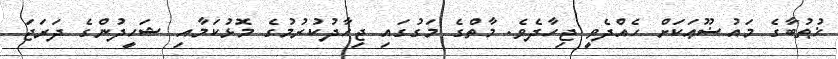
ޚުޠުބާގެ މައުޟޫޢަކަށް ހެއްދެވީ ޖިހާދެވެ. މާތްގެ މަގުގައި ޖިހާދުކުރުމުގެ މޮޅުކަމާއި ޝަހީދުންގެ ދަރަޖަ